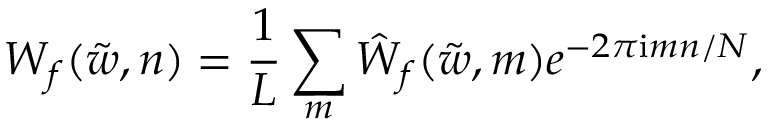
W _ { f } ( \tilde { w } , n ) = \frac { 1 } { L } \sum _ { m } \hat { W } _ { f } ( \tilde { w } , m ) e ^ { - 2 \pi \mathrm { i } m n / N } ,